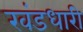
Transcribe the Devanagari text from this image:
खंडधारी